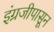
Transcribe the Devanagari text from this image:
इंग्रजीपासून